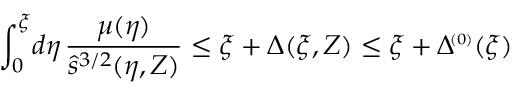
\int _ { 0 } ^ { \xi } \! d \eta \, \frac { \mu ( \eta ) } { \hat { s } ^ { 3 / 2 } ( \eta , Z ) } \le \xi + \Delta ( \xi , Z ) \le \xi + \Delta \! ^ { { \scriptscriptstyle ( 0 ) } } ( \xi )